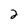
Character: 2